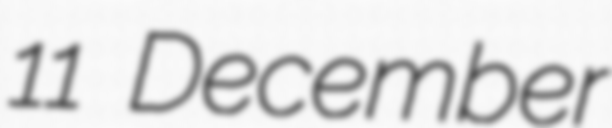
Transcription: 11 December